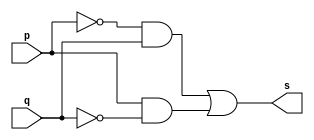
// ------------------------- 
// Exercicio0006 - XOR
// Nome: Guilherme Moreira Nunes 
// ------------------------- 
// ------------------------- 
// -- xor gate 
// ------------------------- 
module xorgate ( output s, input p, q ); 
assign s = (~p & q) | (p & ~q) ; 
endmodule // xorgate 
// --------------------- 
// -- test xor gate 
// --------------------- 
module testxorgate; 
// ------------------------- dados locais 
reg a;
reg b; // definir registradores 
wire s; // definir conexao (fio) 
// ------------------------- instancia 
xorgate XOR1 (s, a, b); 
// ------------------------- preparacao 
initial begin:start 
// atribuicao simultanea 
// dos valores iniciais 
a=0; b=0; 
end 
// ------------------------- parte principal 
initial begin 
$display("Exercicio0006 - Guilherme Moreira Nunes - 408947"); 
$display("Test XOR gate de Morgan"); 
$display("\na ^ b = s\n"); 
a=0; b=0; 
$monitor("%b ^ %b = %b", a, b, s); 
#1 a=0; b=1;  
#1 a=1; b=0; 
#1 a=1; b=1; 
end 
endmodule // testxorgate